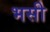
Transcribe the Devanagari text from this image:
भसी